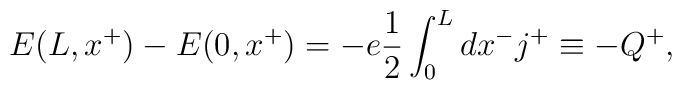
E(L,x^{+}) - E(0,x^{+}) = - e\frac{1}{2} \int_0^L dx^{-}j^{+} \equiv - Q^{+},